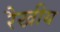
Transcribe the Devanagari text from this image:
रैखीय